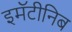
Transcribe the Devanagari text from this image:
इमॅटीनिब